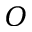
O